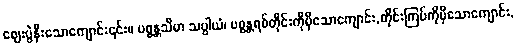
ဈေးပွဲနီးသောကျောင်း၎င်း။ ပစ္စန္တသီမာ သပ္ပါယံ၊ ပစ္စန္တရစ်တိုင်းကိုမှီသောကျောင်း,တိုင်းကြပ်ကိုမှီသောကျောင်း,